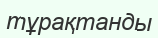
тұрақтанды